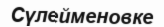
Сүлейменовке